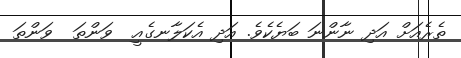
ތެރެއަށް އަދި ނާންނަ ބަޔެކެވެ. އަދި އެކަލާނގެއީ  ވަންތަ  ވަންތަ